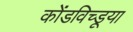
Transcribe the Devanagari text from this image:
कोंडविच्डूया